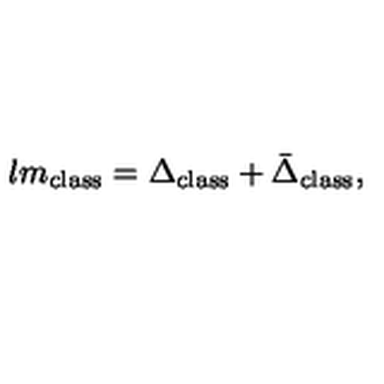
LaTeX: l m _ { \mathrm { c l a s s } } = \Delta _ { \mathrm { c l a s s } } + \bar { \Delta } _ { \mathrm { c l a s s } } ,